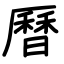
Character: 曆